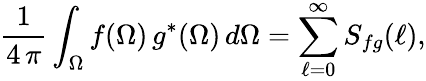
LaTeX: {\frac{1}{4\, \pi}}\int_{\Omega}f(\Omega)\, g^{\ast}(\Omega)\, d\Omega=\sum_{\ell=0}^{\infty}S_{fg}(\ell),